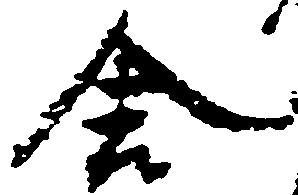
舎